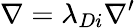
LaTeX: \nabla={\lambda_{Di}}{\nabla^{\prime}}